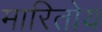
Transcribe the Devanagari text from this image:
मारितोय